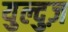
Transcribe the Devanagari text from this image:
युल्दुज़